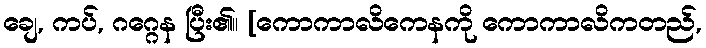
ချေ, ကပ်, ဂဂ္ဂေန ပြီး၏။ [ကောကာလိကေနကို ကောကာလိကတည်,